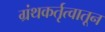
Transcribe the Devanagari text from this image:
ग्रंथकर्तृत्वातून